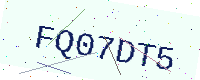
Text: FQ07DT5